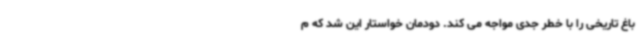
باغ تاریخی را با خطر جدی مواجه می کند. دودمان خواستار این شد که م